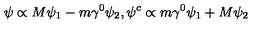
\psi \propto M \psi _ { 1 } - m \gamma ^ { 0 } \psi _ { 2 } , \psi ^ { c } \propto m \gamma ^ { 0 } \psi _ { 1 } + M \psi _ { 2 }